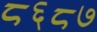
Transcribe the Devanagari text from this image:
८६८७